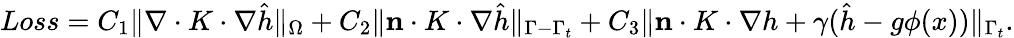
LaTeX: \begin{array}{r}{Loss=C_{1}\| \nabla\cdot K\cdot\nabla\hat{h}\| _{\Omega}+C_{2}\| \mathbf{n}\cdot K\cdot\nabla\hat{h}\| _{\Gamma-\Gamma_{t}}+C_{3}\| \mathbf{n}\cdot K\cdot\nabla h+\gamma(\hat{h}-g\phi(x))\| _{\Gamma_{t}}.}\end{array}